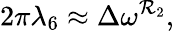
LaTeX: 2\pi\lambda_{6}\approx\Delta\omega^{\mathcal{R}_{2}},